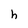
Character: h